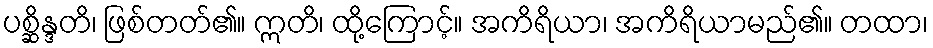
ပစ္ဆိန္ဒတိ၊ ဖြစ်တတ်၏။ ဣတိ၊ ထို့ကြောင့်။ အကိရိယာ၊ အကိရိယာမည်၏။ တထာ၊